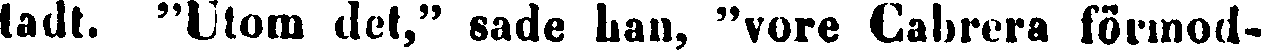
tadt. "Utom det," sade han, "vore Cabrera förmod-